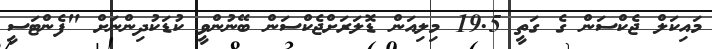
މައިކަލް ޖެކްސަން ގެ ގަތީ 19.5 މިލިއަން ޑޮލަރަށްޖެކްސަން ބޭނުންވީ ކުޑަކުދިންނަށް "ފެންޓަސީ